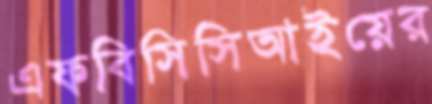
এফবিসিসিআইয়ের